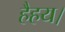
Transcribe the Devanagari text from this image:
हैहय।